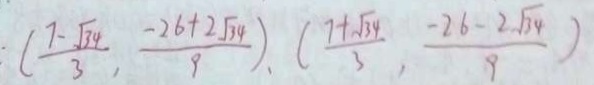
( \frac { 7 - \sqrt { 3 4 } } { 3 } , \frac { - 2 6 + 2 \sqrt { 3 4 } } { 9 } ) , ( \frac { 7 + \sqrt { 3 4 } } { 3 } , \frac { - 2 6 - 2 \sqrt { 3 4 } } { 9 } )